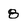
Character: 8